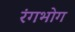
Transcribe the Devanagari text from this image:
रंगभोग